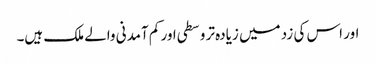
اور اس کی زد میں زیادہ تر وسطی اور کم آمدنی والے ملک ہیں۔